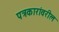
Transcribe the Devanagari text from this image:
पत्रकारांवरील